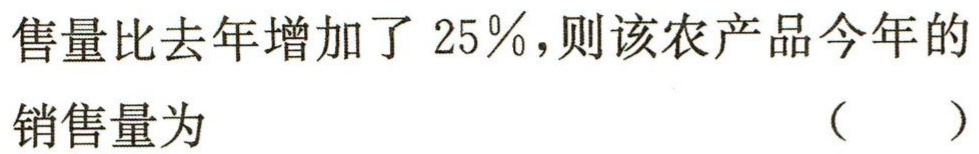
售量比去年增加了 \(25\%\)，则该农产品今年的
销售量为 （  ）